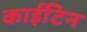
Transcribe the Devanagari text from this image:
काईटिन